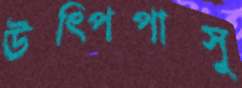
উত্পিপাসু